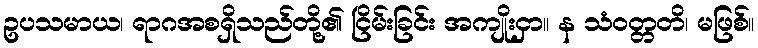
ဥပသမာယ၊ ရာဂအစရှိသည်တို့၏ ငြိမ်းခြင်း အကျိုးငှာ။ န သံဝတ္တတိ၊ မဖြစ်။